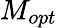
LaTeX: M_{opt}